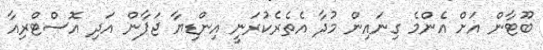
ބޫޓާން އަށް އެންމެ ގިނައިން މުދާ އެތެރެކުރަނީ އިންޑިޔާ ޖަޕާން އަދި އޮސްޓްރިއާ